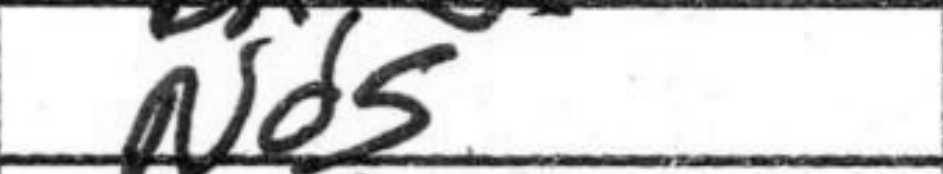
Transcription: Nd5